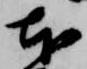
本